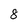
Character: 8